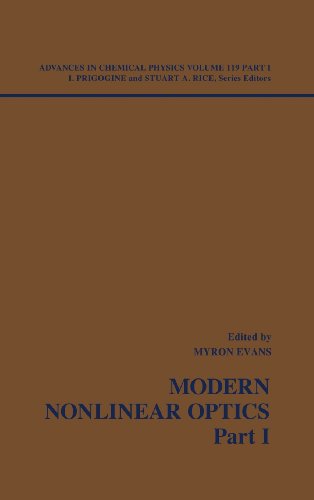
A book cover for Advances in Chemical Physics: Modern Nonlinear Optics, Volume 119, Part 1, 2nd Edition; Science & Math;